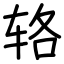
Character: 辂